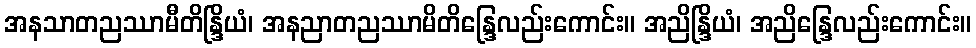
အနသာတညဿာမီတိန္ဒြိယံ၊ အနညာတညဿာမိတိန္ဒြေလည်းကောင်း။ အညိန္ဒြိယံ၊ အညိန္ဒြေလည်းကောင်း။